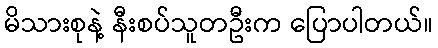
မိသားစုနဲ့ နီးစပ်သူတဦးက ပြောပါတယ်။